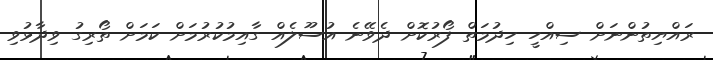
ރައްޔިތުންނަށް ސިއްހީ ހިދުމަތް ފޯރުކޮށް ދެވޭނެ އުސޫލެއް ގާއިމުކުރުމަށް ކަމަށް ތޯރިގު ވިދާޅުވި